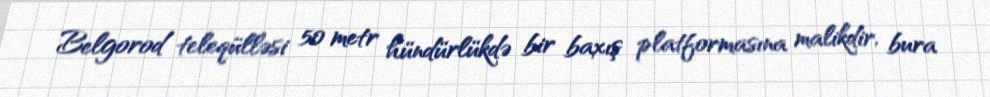
Belgorod teleqülləsi 50 metr hündürlükdə bir baxış platformasına malikdir, bura